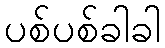
ပစ်ပစ်ခါခါ